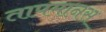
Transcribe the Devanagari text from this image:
तापमानस